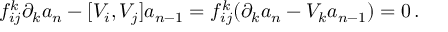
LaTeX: f _ { i j } ^ { k } \partial _ { k } a _ { n } - [ V _ { i } , V _ { j } ] a _ { n - 1 } = f _ { i j } ^ { k } ( \partial _ { k } a _ { n } - V _ { k } a _ { n - 1 } ) = 0 \, .